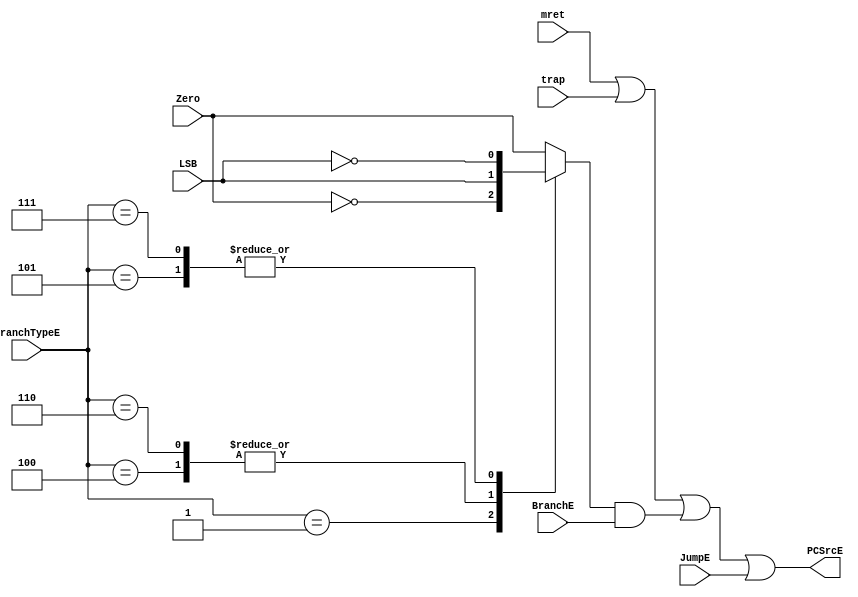
module BranchLogic (
    input       wire                    JumpE,
    input       wire                    BranchE,
    input       wire        [2:0]       BranchTypeE,
    input       wire                    Zero,
    input       wire                    LSB,
    input       wire                    trap,
    input       wire                    mret,
    output      wire                    PCSrcE
);

reg     Condition;

always @ (*)
    begin   
        case (BranchTypeE)
            //beq
            3'b000         :       Condition   =   Zero;

            //bne
            3'b001         :       Condition   =   ~Zero;

            //blt
            3'b100         :       Condition   =   LSB;

            //bge
            3'b101         :       Condition   =   ~LSB;

            //bltu
            3'b110         :       Condition   =   LSB;

            //bgeu
            3'b111         :       Condition   =   ~LSB;
            
            default     :       Condition   =   Zero;
        endcase
    end

assign  PCSrcE  =   mret | trap | (Condition & BranchE) | JumpE;


endmodule